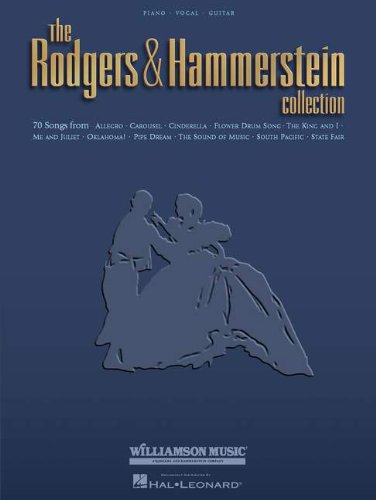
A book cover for The Rodgers & Hammerstein Collection; Humor & Entertainment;